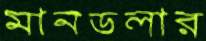
মানডলার